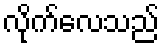
လိုက်လေသည်